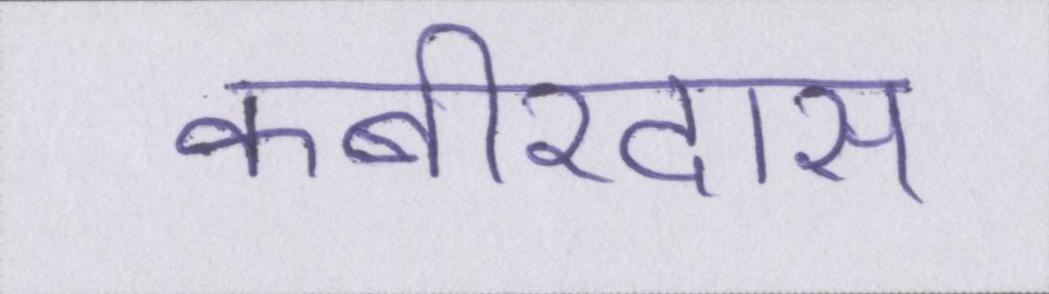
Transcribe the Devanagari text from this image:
कबीरदास